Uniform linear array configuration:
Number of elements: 4
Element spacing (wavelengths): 0.75
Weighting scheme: cosine
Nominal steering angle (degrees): -15
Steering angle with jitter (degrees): -15.488
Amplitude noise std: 0.05
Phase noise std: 0.05

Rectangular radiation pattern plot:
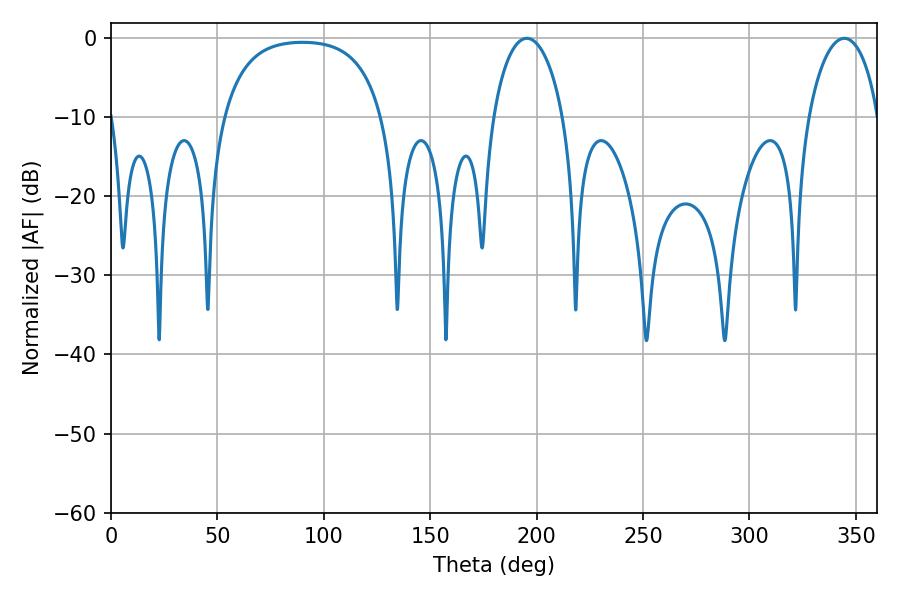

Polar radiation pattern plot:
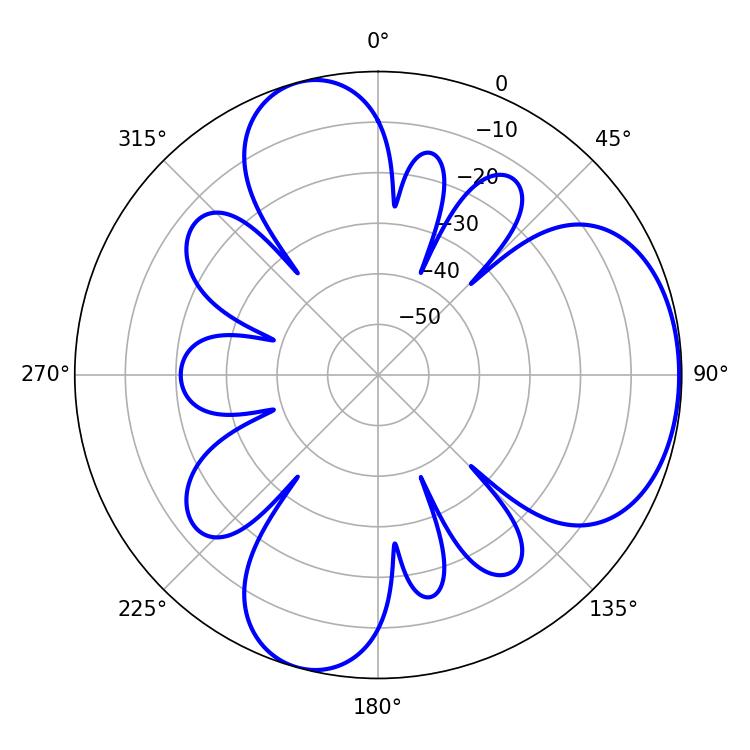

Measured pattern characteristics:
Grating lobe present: TRUE
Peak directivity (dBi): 5.5
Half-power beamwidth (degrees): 18.9
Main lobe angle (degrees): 195.48